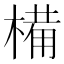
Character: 𣖾